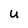
Character: U